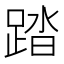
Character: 踏